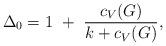
LaTeX: \begin{align*}\Delta_0=1~+~{c_V(G)\over k + c_V(G)},\end{align*}